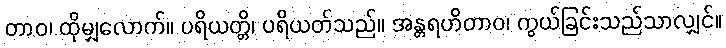
တာဝ၊ ထိုမျှလောက်။ ပရိယတ္တိ၊ ပရိယတ်သည်။ အန္တရဟိတာဝ၊ ကွယ်ခြင်းသည်သာလျှင်။